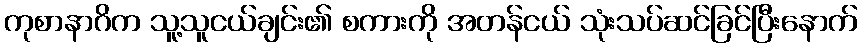
ကုစာနာဂိက သူ့သူငယ်ချင်း၏ စကားကို အတန်ငယ် သုံးသပ်ဆင်ခြင်ပြီးနောက်